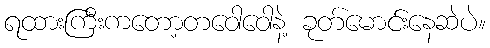
ရထားကြီးကတော့တဝေါဝေါနဲ့ ခုတ်မောင်းနေဆဲပဲ။